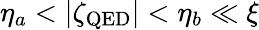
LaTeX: \eta_{a}<|\zeta_{\mathrm{QED}}|<\eta_{b}\ll\xi